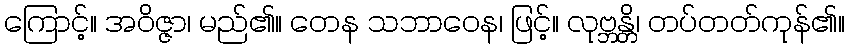
ကြောင့်။ အဝိဇ္ဇာ၊ မည်၏။ တေန သဘာဝေန၊ ဖြင့်။ လုဗ္ဘန္တိ၊ တပ်တတ်ကုန်၏။